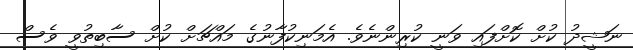
ނަޝީދު ކުށް ކޮށްފައި ވަނީ ކުރިންނެވެ. އެމަނިކުފާނުގެ މައްޗަށް ކުށް ސާބިތުވީ ވެސް